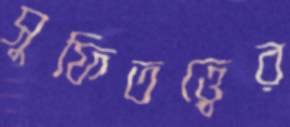
সুফিতত্ত্বের